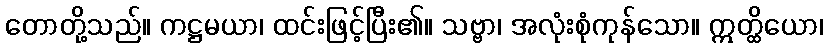
တောတို့သည်။ ကဋ္ဌမယာ၊ ထင်းဖြင့်ပြီး၏။ သဗ္ဗာ၊ အလုံးစုံကုန်သော။ ဣတ္ထိယော၊